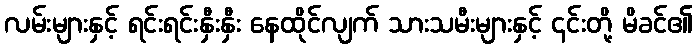
လမ်းများနှင့် ရင်းရင်းနှီးနှီး နေထိုင်လျက် သားသမီးများနှင့် ၎င်းတို့ မိခင်၏